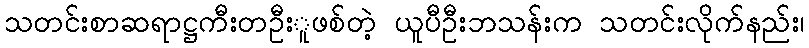
သတင်းစာဆရာဋ္ဌကီးတဦးူဖစ်တဲ့ ယူပီဦးဘသန်းက သတင်းလိုက်နည်း၊